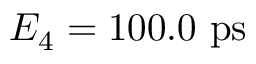
E _ { 4 } = 1 0 0 . 0 ~ \mathrm { p s }